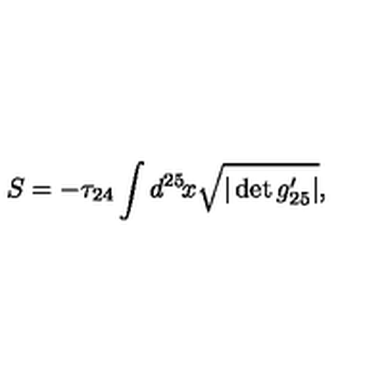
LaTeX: S = - \tau _ { 2 4 } \int d ^ { 2 5 } \! x \sqrt { | \det g _ { 2 5 } ^ { \prime } | } ,